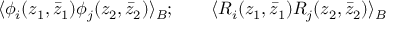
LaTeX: \langle \phi _ { i } ( z _ { 1 } , \bar { z } _ { 1 } ) \phi _ { j } ( z _ { 2 } , \bar { z } _ { 2 } ) \rangle _ { B } ; \qquad \langle R _ { i } ( z _ { 1 } , \bar { z } _ { 1 } ) R _ { j } ( z _ { 2 } , \bar { z } _ { 2 } ) \rangle _ { B }